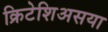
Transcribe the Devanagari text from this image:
क्रिटेशिअसया